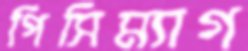
পিসিম্যাগ